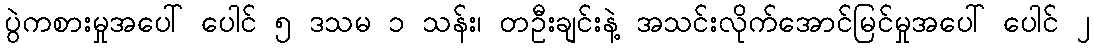
ပွဲကစားမှုအပေါ် ပေါင် ၅ ဒသမ ၁ သန်း၊ တဦးချင်းနဲ့ အသင်းလိုက်အောင်မြင်မှုအပေါ် ပေါင် ၂